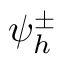
\psi _ { h } ^ { \pm }